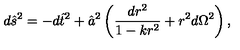
d \hat { s } ^ { 2 } = - d \hat { t } ^ { 2 } + \hat { a } ^ { 2 } \left( \frac { d r ^ { 2 } } { 1 - k r ^ { 2 } } + r ^ { 2 } d \Omega ^ { 2 } \right) ,